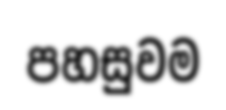
පහසුවම